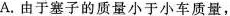
A.由于塞子的质量小于小车质量，